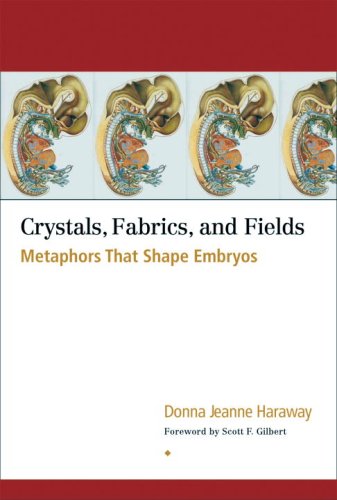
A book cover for Crystals, Fabrics, and Fields: Metaphors That Shape Embryos; Donna Jeanne Haraway; Medical Books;